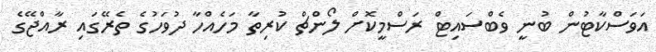
އަވަސްކާޓުން ބުނީ ވެބްސައިޓް ރަސްމީކޮށް ލޯންޗް ކުރިތާ މަހެއްހާ ދުވަހުގެ ތެރޭގައި ރާއްޖޭގެ